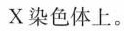
X染色体上。